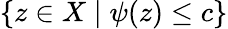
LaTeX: \{ z\in X\mid\psi(z)\leq c\}